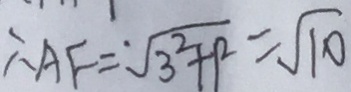
\therefore A F = \sqrt { 3 ^ { 2 } + 1 ^ { 2 } } = \sqrt { 1 0 }